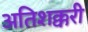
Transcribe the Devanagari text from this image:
अतिशक्करी